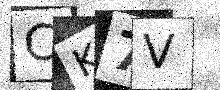
Text: CK7V